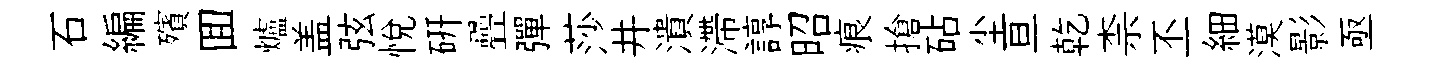
石編殯囬爐盖弦悅硏疊彈莎井潰滯諄昭痕搶砧尘亘乾柰丕細漠影亟